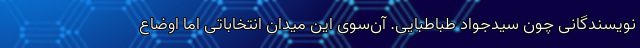
نویسندگانی چون سیدجواد طباطبایی. آن‌سوی این میدان انتخاباتی اما اوضاع